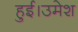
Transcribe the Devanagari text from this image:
हुई।उमेश